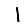
Digit: 1